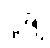
ပို့ချ